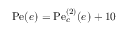
\mathrm { P e } ( e ) = \mathrm { P e } _ { c } ^ { ( 2 ) } ( e ) + 1 0